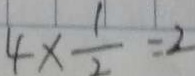
4 \times \frac { 1 } { 2 } = 2